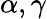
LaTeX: \alpha,\gamma